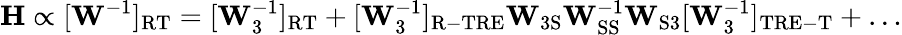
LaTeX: \mathbf{H}\propto[\mathbf{W}^{-1}]_{\mathrm{RT}}=[\mathbf{W}_{3}^{-1}]_{\mathrm{RT}}+[\mathbf{W}_{3}^{-1}]_{\mathrm{R-TRE}}\mathbf{W}_{\mathrm{3S}}\mathbf{W}_{\mathrm{SS}}^{-1}\mathbf{W}_{\mathrm{S3}}[\mathbf{W}_{3}^{-1}]_{\mathrm{TRE-T}}+\dots